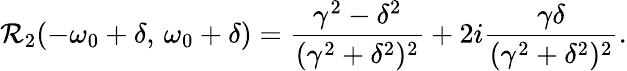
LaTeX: \mathcal{R}_{2}(-\omega_{0}+\delta,\, \omega_{0}+\delta)=\frac{{\gamma^{2}-\delta^{2}}}{{(\gamma^{2}+\delta^{2})^{2}}}+2i\frac{{\gamma\delta}}{{(\gamma^{2}+\delta^{2})^{2}}}.